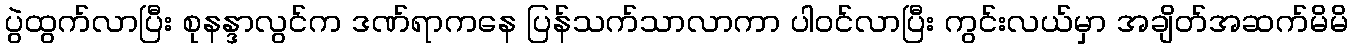
ပွဲထွက်လာပြီး စုနန္ဒာလွင်က ဒဏ်ရာကနေ ပြန်သက်သာလာကာ ပါဝင်လာပြီး ကွင်းလယ်မှာ အချိတ်အဆက်မိမိ